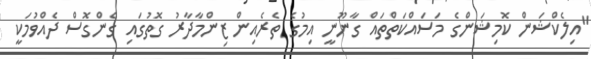
"އިލެކްޝަން ކޮމިޝަންގެ މަސައްކަތްތައް ގާނޫނީ އިމުގެ ތެރެއިން ޒިންމާދާރު ގޮތުގައި ގެންގޮސް ދެއްވުމަކީ